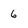
Character: 6